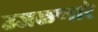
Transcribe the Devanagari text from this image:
उजळणारे